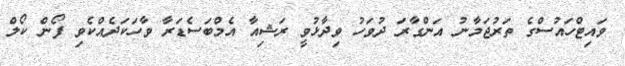
ވައިޓްހައުސްގެ ތަރުޖަމާނު އަންގާރަ ދުވަހު ވިދާޅުވީ ރަޝިއާ އެމްބަސެޑަރާ ވާހަކަދެއްކެވި ފޯން ކޯލް